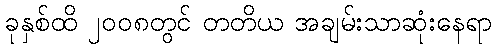
ခုနှစ်ထိ ၂၀၀၈တွင် တတိယ အချမ်းသာဆုံးနေရာ